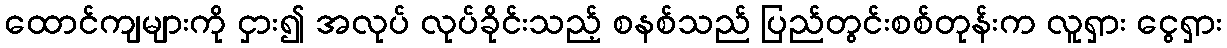
ထောင်ကျများကို ငှား၍ အလုပ် လုပ်ခိုင်းသည့် စနစ်သည် ပြည်တွင်းစစ်တုန်းက လူရှား ငွေရှား